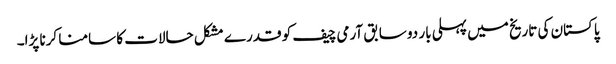
پاکستان کی تاریخ میں پہلی بار دو سابق آرمی چیف کو قدرے مشکل حالات کا سامنا کرنا پڑا۔